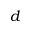
d